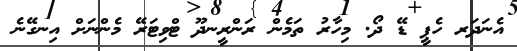
އެނަދަރ ހެޕީ ޑޭ ދޯ. މިހާރު ތަމެން ރަންރީނދޫ ޓްވިޓަރޭ މެންނަށް އިނގޭނެ